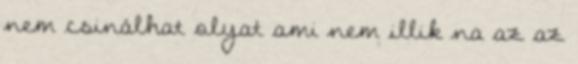
nem csinálhat olyat ami nem illik na az az